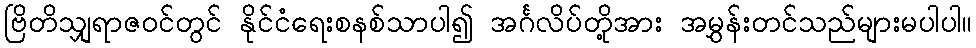
ဗြိတိသျှရာဇဝင်တွင် နိုင်ငံရေးစနစ်သာပါ၍ အင်္ဂလိပ်တို့အား အမွှန်းတင်သည်များမပါပါ။